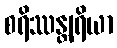
စရိဿန္တျရိယာ